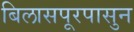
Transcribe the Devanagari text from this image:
बिलासपूरपासुन